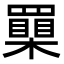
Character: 𦌮